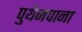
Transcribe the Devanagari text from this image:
पुथेनपाना